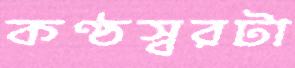
কণ্ঠস্বরটা